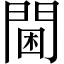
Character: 閫